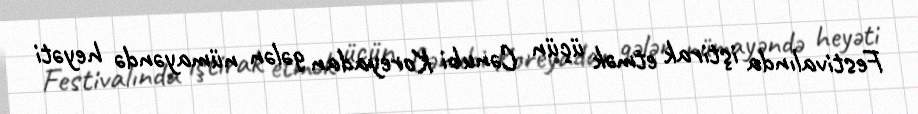
Festivalında iştirak etmək üçün Cənubi Koreyadan gələn nümayəndə heyəti